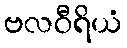
ဗလဝီရိယံ